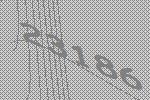
23186